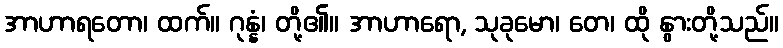
အာဟာရတော၊ ထက်။ ဂုန္နံ၊ တို့၏။ အာဟာရော, သုခုမော၊ တေ၊ ထို နွားတို့သည်။